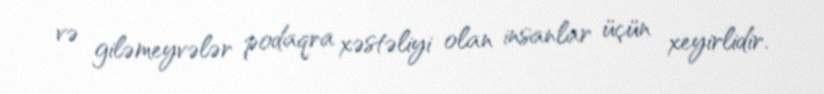
və giləmeyvələr podaqra xəstəliyi olan insanlar üçün xeyirlidir.